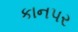
કાનપર